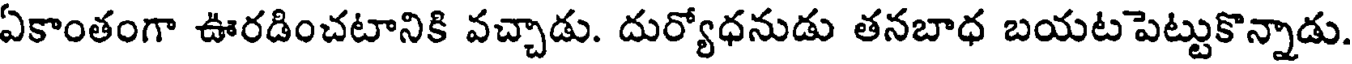
ఏకాంతంగా ఊరడించటానికి వచ్చాడు. దుర్యోధనుడు తనబాధ బయటపెట్టుకొన్నాడు.